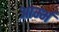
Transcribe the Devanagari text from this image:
आर्म्भ